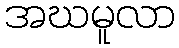
အဃမူလာ